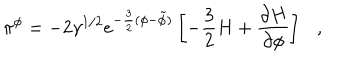
LaTeX: \pi ^ { \phi } = - 2 \gamma ^ { 1 / 2 } e ^ { - \frac { 3 } { 2 } ( \phi - \tilde { \phi } ) } \left[ - \frac { 3 } { 2 } H + \frac { \partial H } { \partial \phi } \right] ,